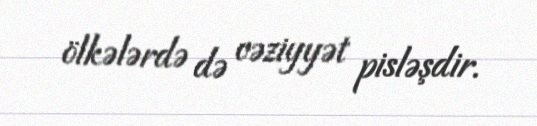
ölkələrdə də vəziyyət pisləşdir.